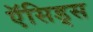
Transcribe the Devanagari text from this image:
ऍसिड्स